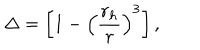
\Delta = \left[ 1 - \left( { \frac { r _ { h } } { r } } \right) ^ { 3 } \right] ,